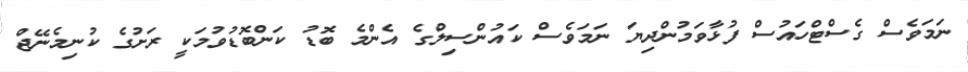
ނަމަވެސް ގެސްޓްހައުސް ފުޅާވަމުންދިޔަ ނަމަވެސް ކައުންސިލްގެ އެެންމެ ބޮޑު ކަންބޮޑުވުމަކީ ރަށުގެ ކުނިމެނޭޖް